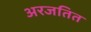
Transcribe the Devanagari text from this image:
अरजतित